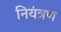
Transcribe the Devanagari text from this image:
नियंत्रण